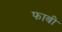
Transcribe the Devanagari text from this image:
फाबी